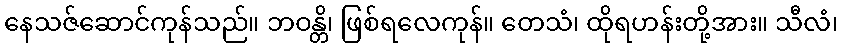
နေသဇ်ဆောင်ကုန်သည်။ ဘဝန္တိ၊ ဖြစ်ရလေကုန်။ တေသံ၊ ထိုရဟန်းတို့အား။ သီလံ၊